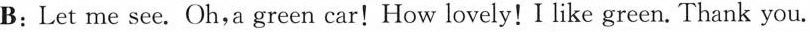
B;Let me see.Oh,a green car!How lovely!I like green. Thank you.